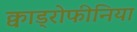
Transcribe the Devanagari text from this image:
क्वाड्रोफीनिया